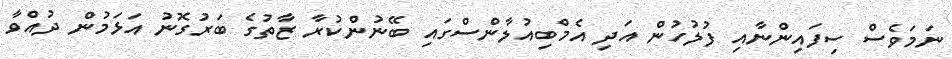
ނަމަވެސް ސިފައިންނާއި ފުލުހުން އަދި އެމްބިއުލާންސްގައި ބޭނުންކުރާ ޒާތުގެ ބަރުގޮނު އަޅަމުން ދުއްވާ